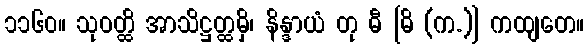
၁၁၆၀။ သုဝတ္ထိ အာသိဋ္ဌတ္ထမှိ၊ နိန္ဒာယံ တု ဓီ [ဓိ (က.)] ကထျတေ။